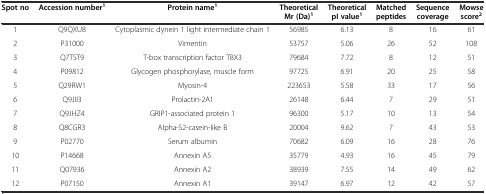
<table><thead><tr><td><b>Spot no</b></td><td><b>Accession number<sup>1</sup></b></td><td><b>Protein name<sup>1</sup></b></td><td><b>Theoretical Mr (Da)<sup>1</sup></b></td><td><b>Theoretical pI value<sup>1</sup></b></td><td><b>Matched peptides</b></td><td><b>Sequence coverage</b></td><td><b>Mowse score<sup>2</sup></b></td></tr></thead><tbody><tr><td>1</td><td>Q9QXU8</td><td>Cytoplasmic dynein 1 light intermediate chain 1</td><td>56985</td><td>6.13</td><td>8</td><td>16</td><td>61</td></tr><tr><td>2</td><td>P31000</td><td>Vimentin</td><td>53757</td><td>5.06</td><td>26</td><td>52</td><td>108</td></tr><tr><td>3</td><td>Q7TST9</td><td>T-box transcription factor TBX3</td><td>79684</td><td>7.72</td><td>8</td><td>12</td><td>51</td></tr><tr><td>4</td><td>P09812</td><td>Glycogen phosphorylase, muscle form</td><td>97725</td><td>6.91</td><td>20</td><td>25</td><td>58</td></tr><tr><td>5</td><td>Q29RW1</td><td>Myosin-4</td><td>223653</td><td>5.58</td><td>33</td><td>17</td><td>56</td></tr><tr><td>6</td><td>Q9JII3</td><td>Prolactin-2A1</td><td>26148</td><td>6.44</td><td>7</td><td>29</td><td>51</td></tr><tr><td>7</td><td>Q9JHZ4</td><td>GRIP1-associated protein 1</td><td>96300</td><td>5.17</td><td>10</td><td>13</td><td>54</td></tr><tr><td>8</td><td>Q8CGR3</td><td>Alpha-S2-casein-like B</td><td>20004</td><td>9.62</td><td>7</td><td>43</td><td>53</td></tr><tr><td>9</td><td>P02770</td><td>Serum albumin</td><td>70682</td><td>6.09</td><td>16</td><td>28</td><td>76</td></tr><tr><td>10</td><td>P14668</td><td>Annexin A5</td><td>35779</td><td>4.93</td><td>16</td><td>45</td><td>79</td></tr><tr><td>11</td><td>Q07936</td><td>Annexin A2</td><td>38939</td><td>7.55</td><td>14</td><td>49</td><td>62</td></tr><tr><td>12</td><td>P07150</td><td>Annexin A1</td><td>39147</td><td>6.97</td><td>12</td><td>42</td><td>57</td></tr></tbody></table>